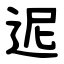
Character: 迡